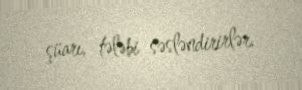
şüarı, tələbi səsləndirirlər.